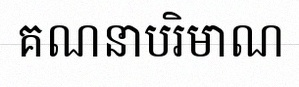
គណនាបរិមាណ